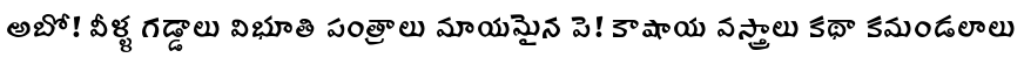
అబో! వీళ్ళ గడ్డాలు విభూతి పంత్రాలు మాయమైన పె! కాషాయ వస్త్రాలు కథా కమండలాలు